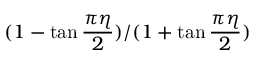
( 1 - \tan \frac { \pi \eta } { 2 } ) / ( 1 + \tan \frac { \pi \eta } { 2 } )